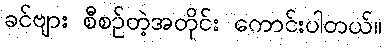
ခင်ဗျား စီစဉ်တဲ့အတိုင်း ကောင်းပါတယ်။